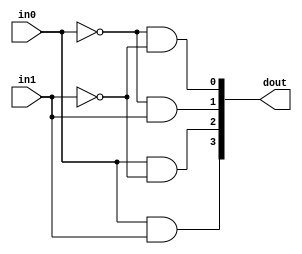
	module decod2x4 (dout,in0,in1);
	
	input in0, in1;
	output [3:0] dout;

	and (dout[0], ~in0, ~in1);
	and (dout[1], ~in0, in1);
	and (dout[2], in0, ~in1);
	and (dout[3], in0, in1);
	endmodule